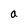
Character: a